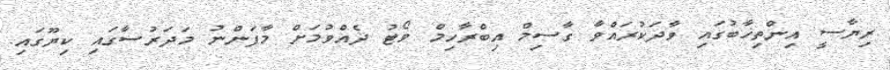
ރިޔާސީ އިންތިޚާބުގައި ވާދަކުރައްވާ ގާސިމް އިބްރާހިމް ވޯޓު ދެއްވުމަށް މާފަންނު މަދަރުސާގައި ކިޔޫގައި.